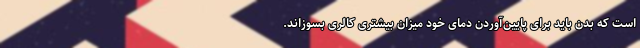
است که بدن باید برای پایین‌آوردن دمای خود میزان بیشتری کالری بسوزاند.